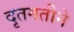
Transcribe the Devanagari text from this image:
दृतगतीने